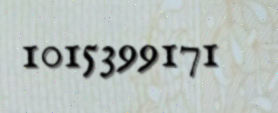
1015399171